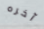
آخره